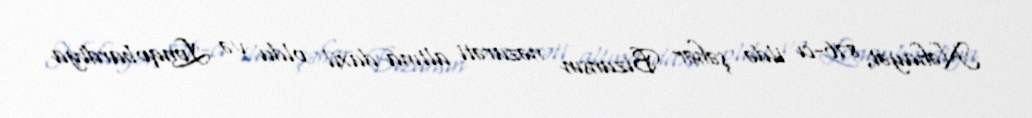
Nəhayət, 876-cı ildə şəhər Bizansın nəzarəti altına daxil oldu və Lonqobardiya